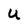
Character: U